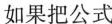
如果把公式$$a”÷a”=α”-”(α≠0，m，n都是正整数，且m>n)$$推广到